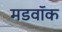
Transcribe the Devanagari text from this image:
मडवॉक